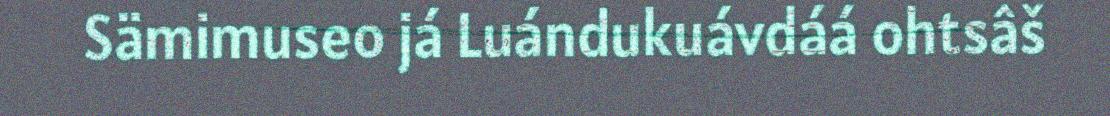
Sämimuseo já Luándukuávdáá ohtsâš